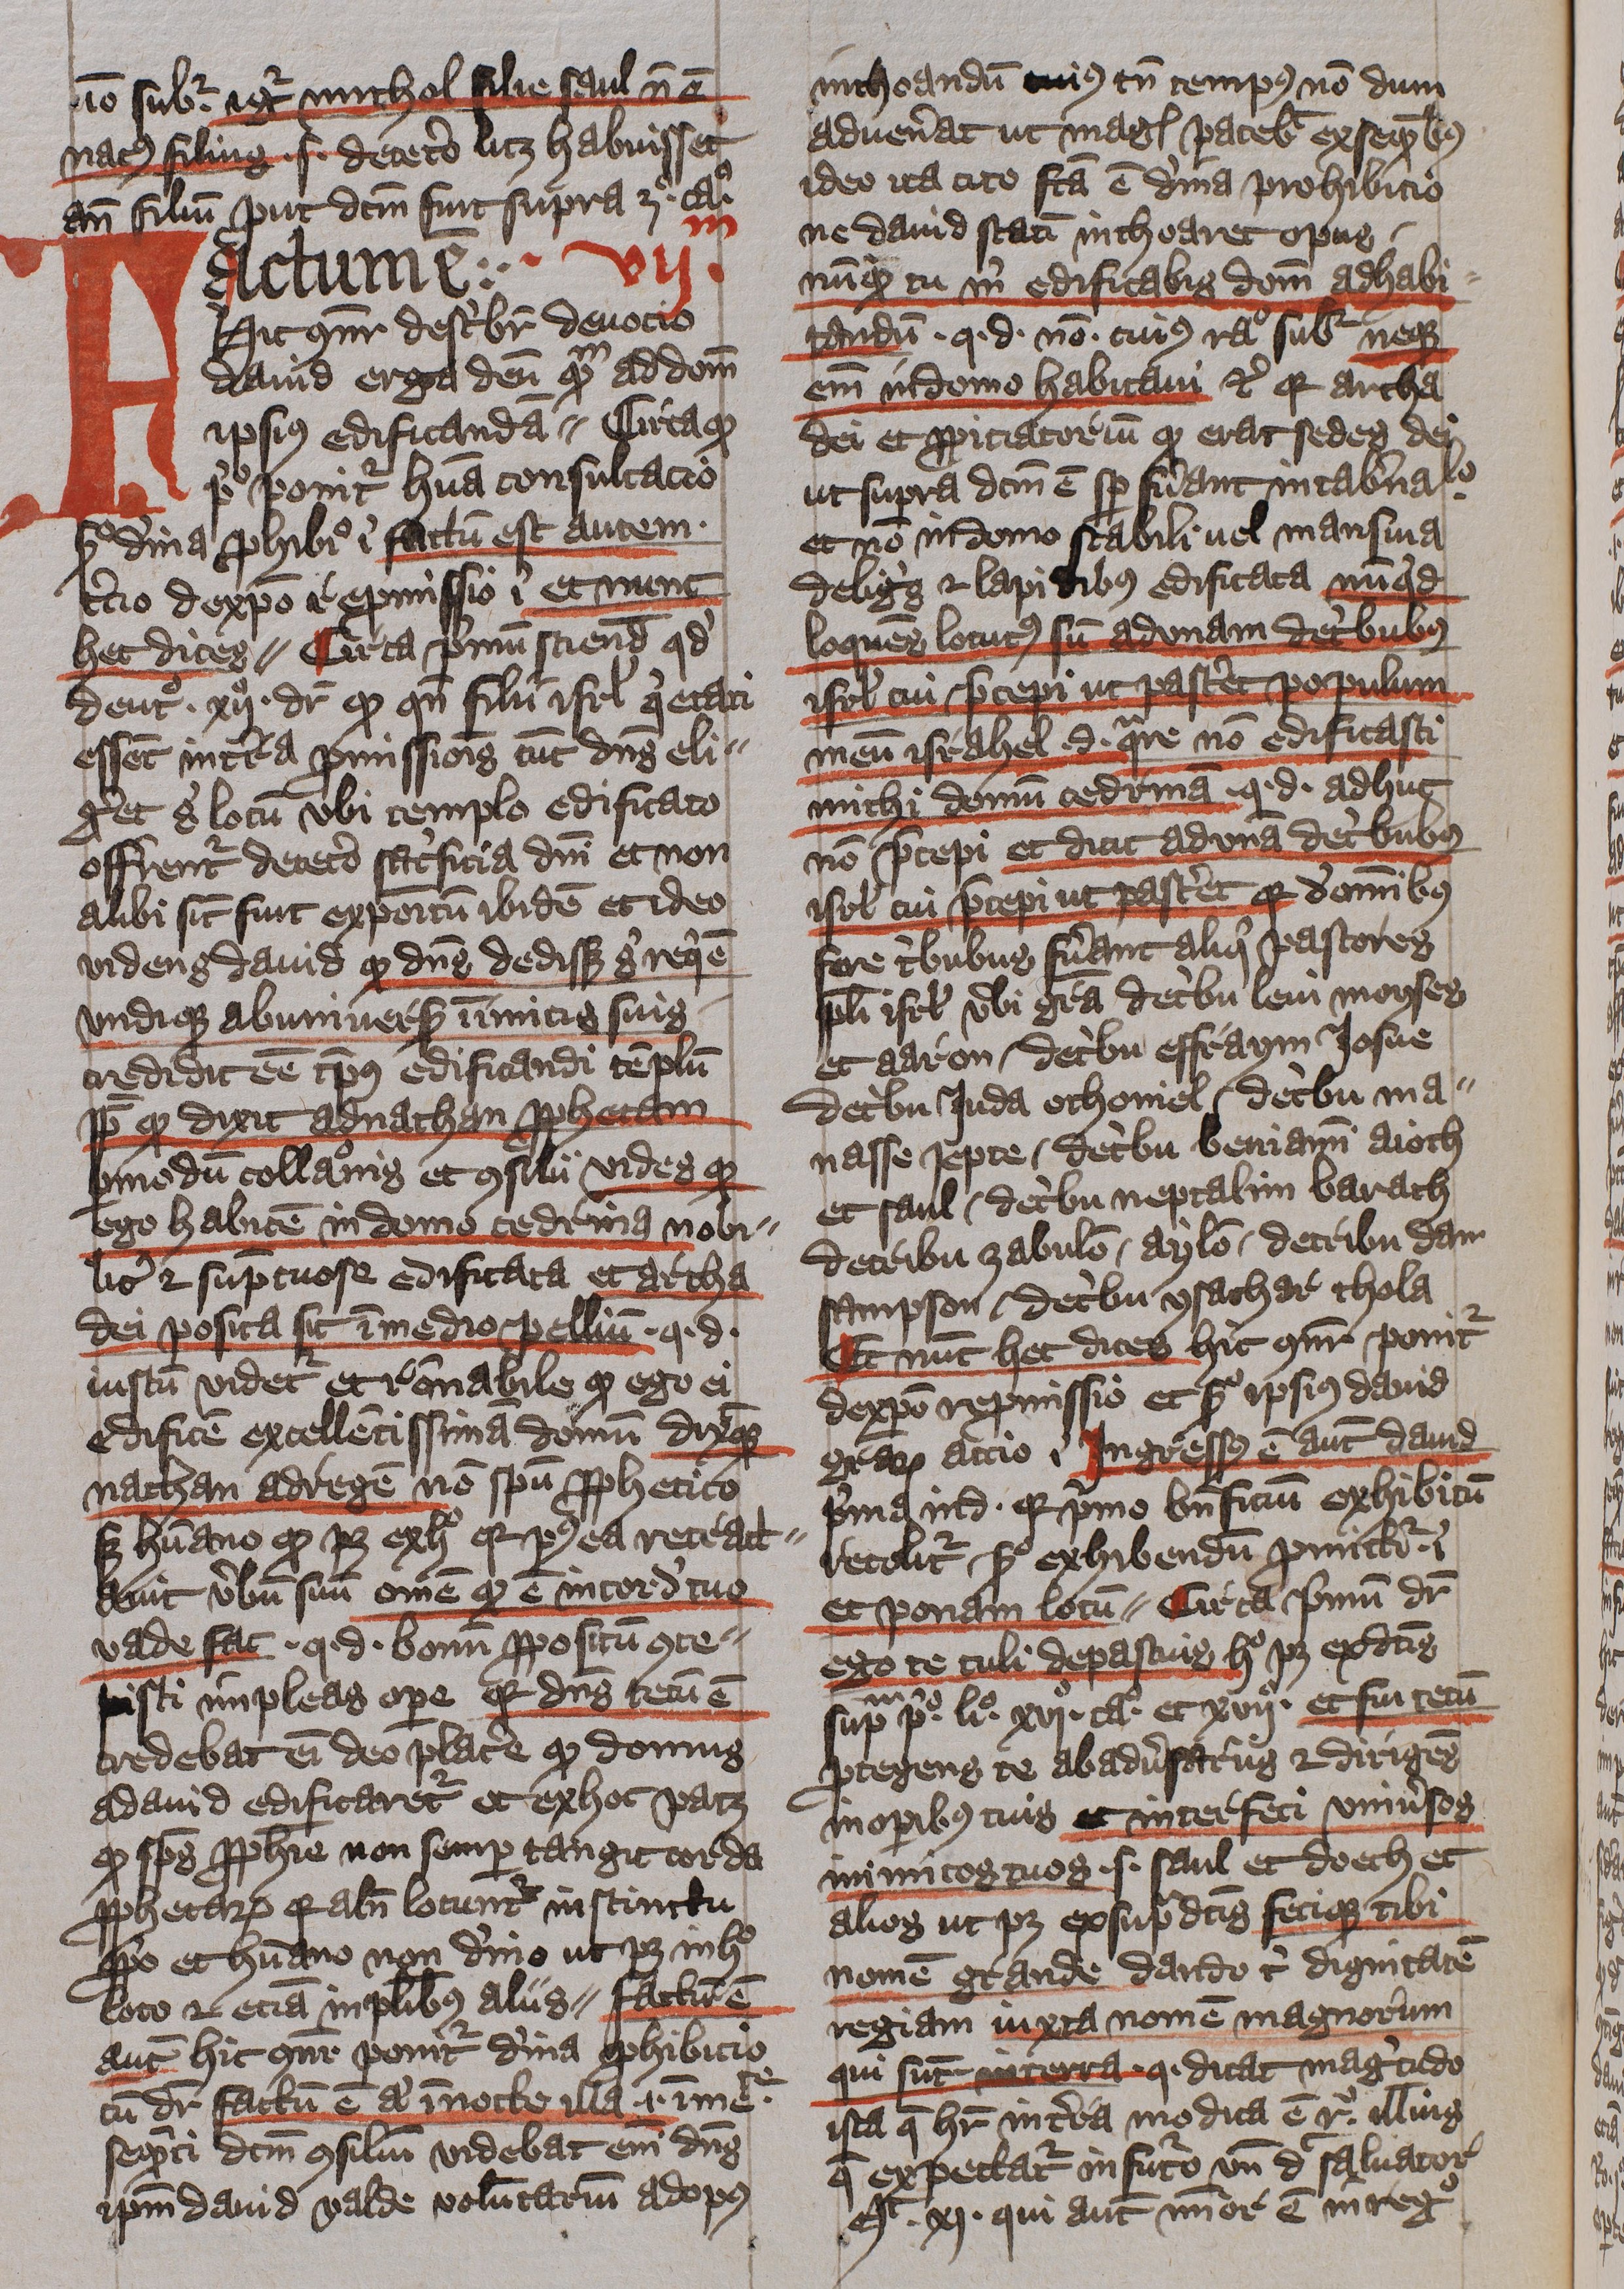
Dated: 1400–1401